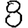
Digit: 8